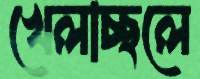
খেলাচ্ছলে